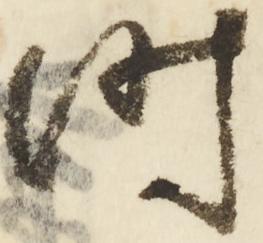
時